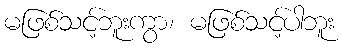
မဖြစ်သင့်ဘူးကွာ၊ မဖြစ်သင့်ပါဘူး